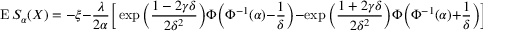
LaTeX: \operatorname { E } S _ { \alpha } ( X ) = - \xi - { \frac { \lambda } { 2 \alpha } } { \Big [ } \exp { \Big ( } { \frac { 1 - 2 \gamma \delta } { 2 \delta ^ { 2 } } } { \Big ) } \Phi { \Big ( } \Phi ^ { - 1 } ( \alpha ) - { \frac { 1 } { \delta } } { \Big ) } - \exp { \Big ( } { \frac { 1 + 2 \gamma \delta } { 2 \delta ^ { 2 } } } { \Big ) } \Phi { \Big ( } \Phi ^ { - 1 } ( \alpha ) + { \frac { 1 } { \delta } } { \Big ) } { \Big ] }